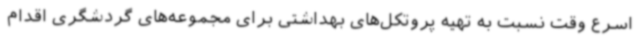
اسرع وقت نسبت به تهیه پروتکل‌های بهداشتی برای مجموعه‌های گردشگری اقدام